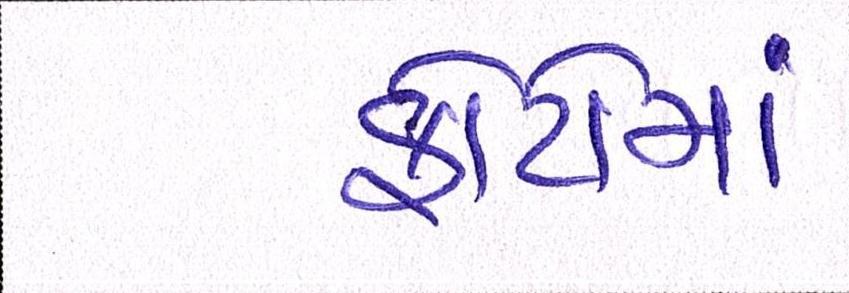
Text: ફોટોમાં